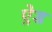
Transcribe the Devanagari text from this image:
ऐ़ड